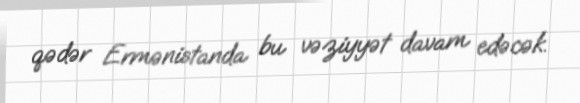
qədər Ermənistanda bu vəziyyət davam edəcək.